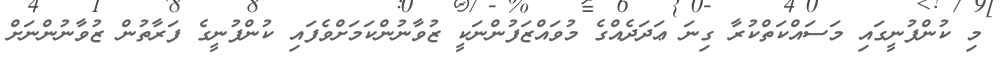
މި ކުންފުނީގައި މަސައްކަތްކުރާ ގިނަ ޢަދަދެއްގެ މުވައްޒަފުންނަކީ ޒުވާނުންކަމަށްވެފައި ކުންފުނީގެ ފަރާތުން ޒުވާނުންނަށް